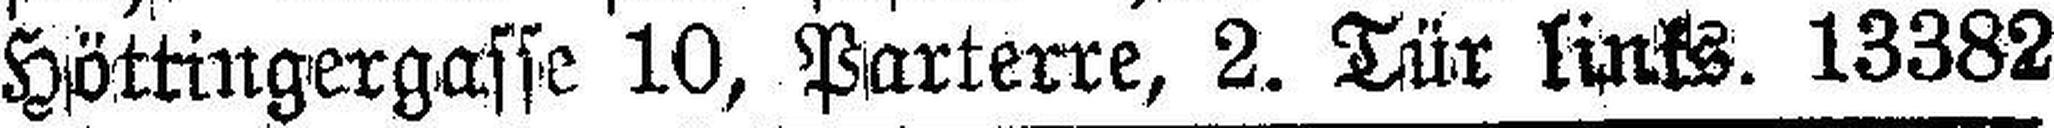
Höttingergasse 10, Parterre, 2. Tür links. 13382